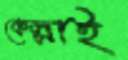
কেল্লাই